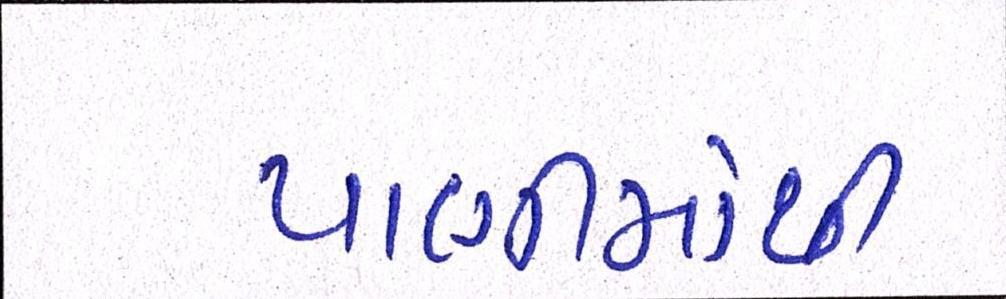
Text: પાણીમાંથી